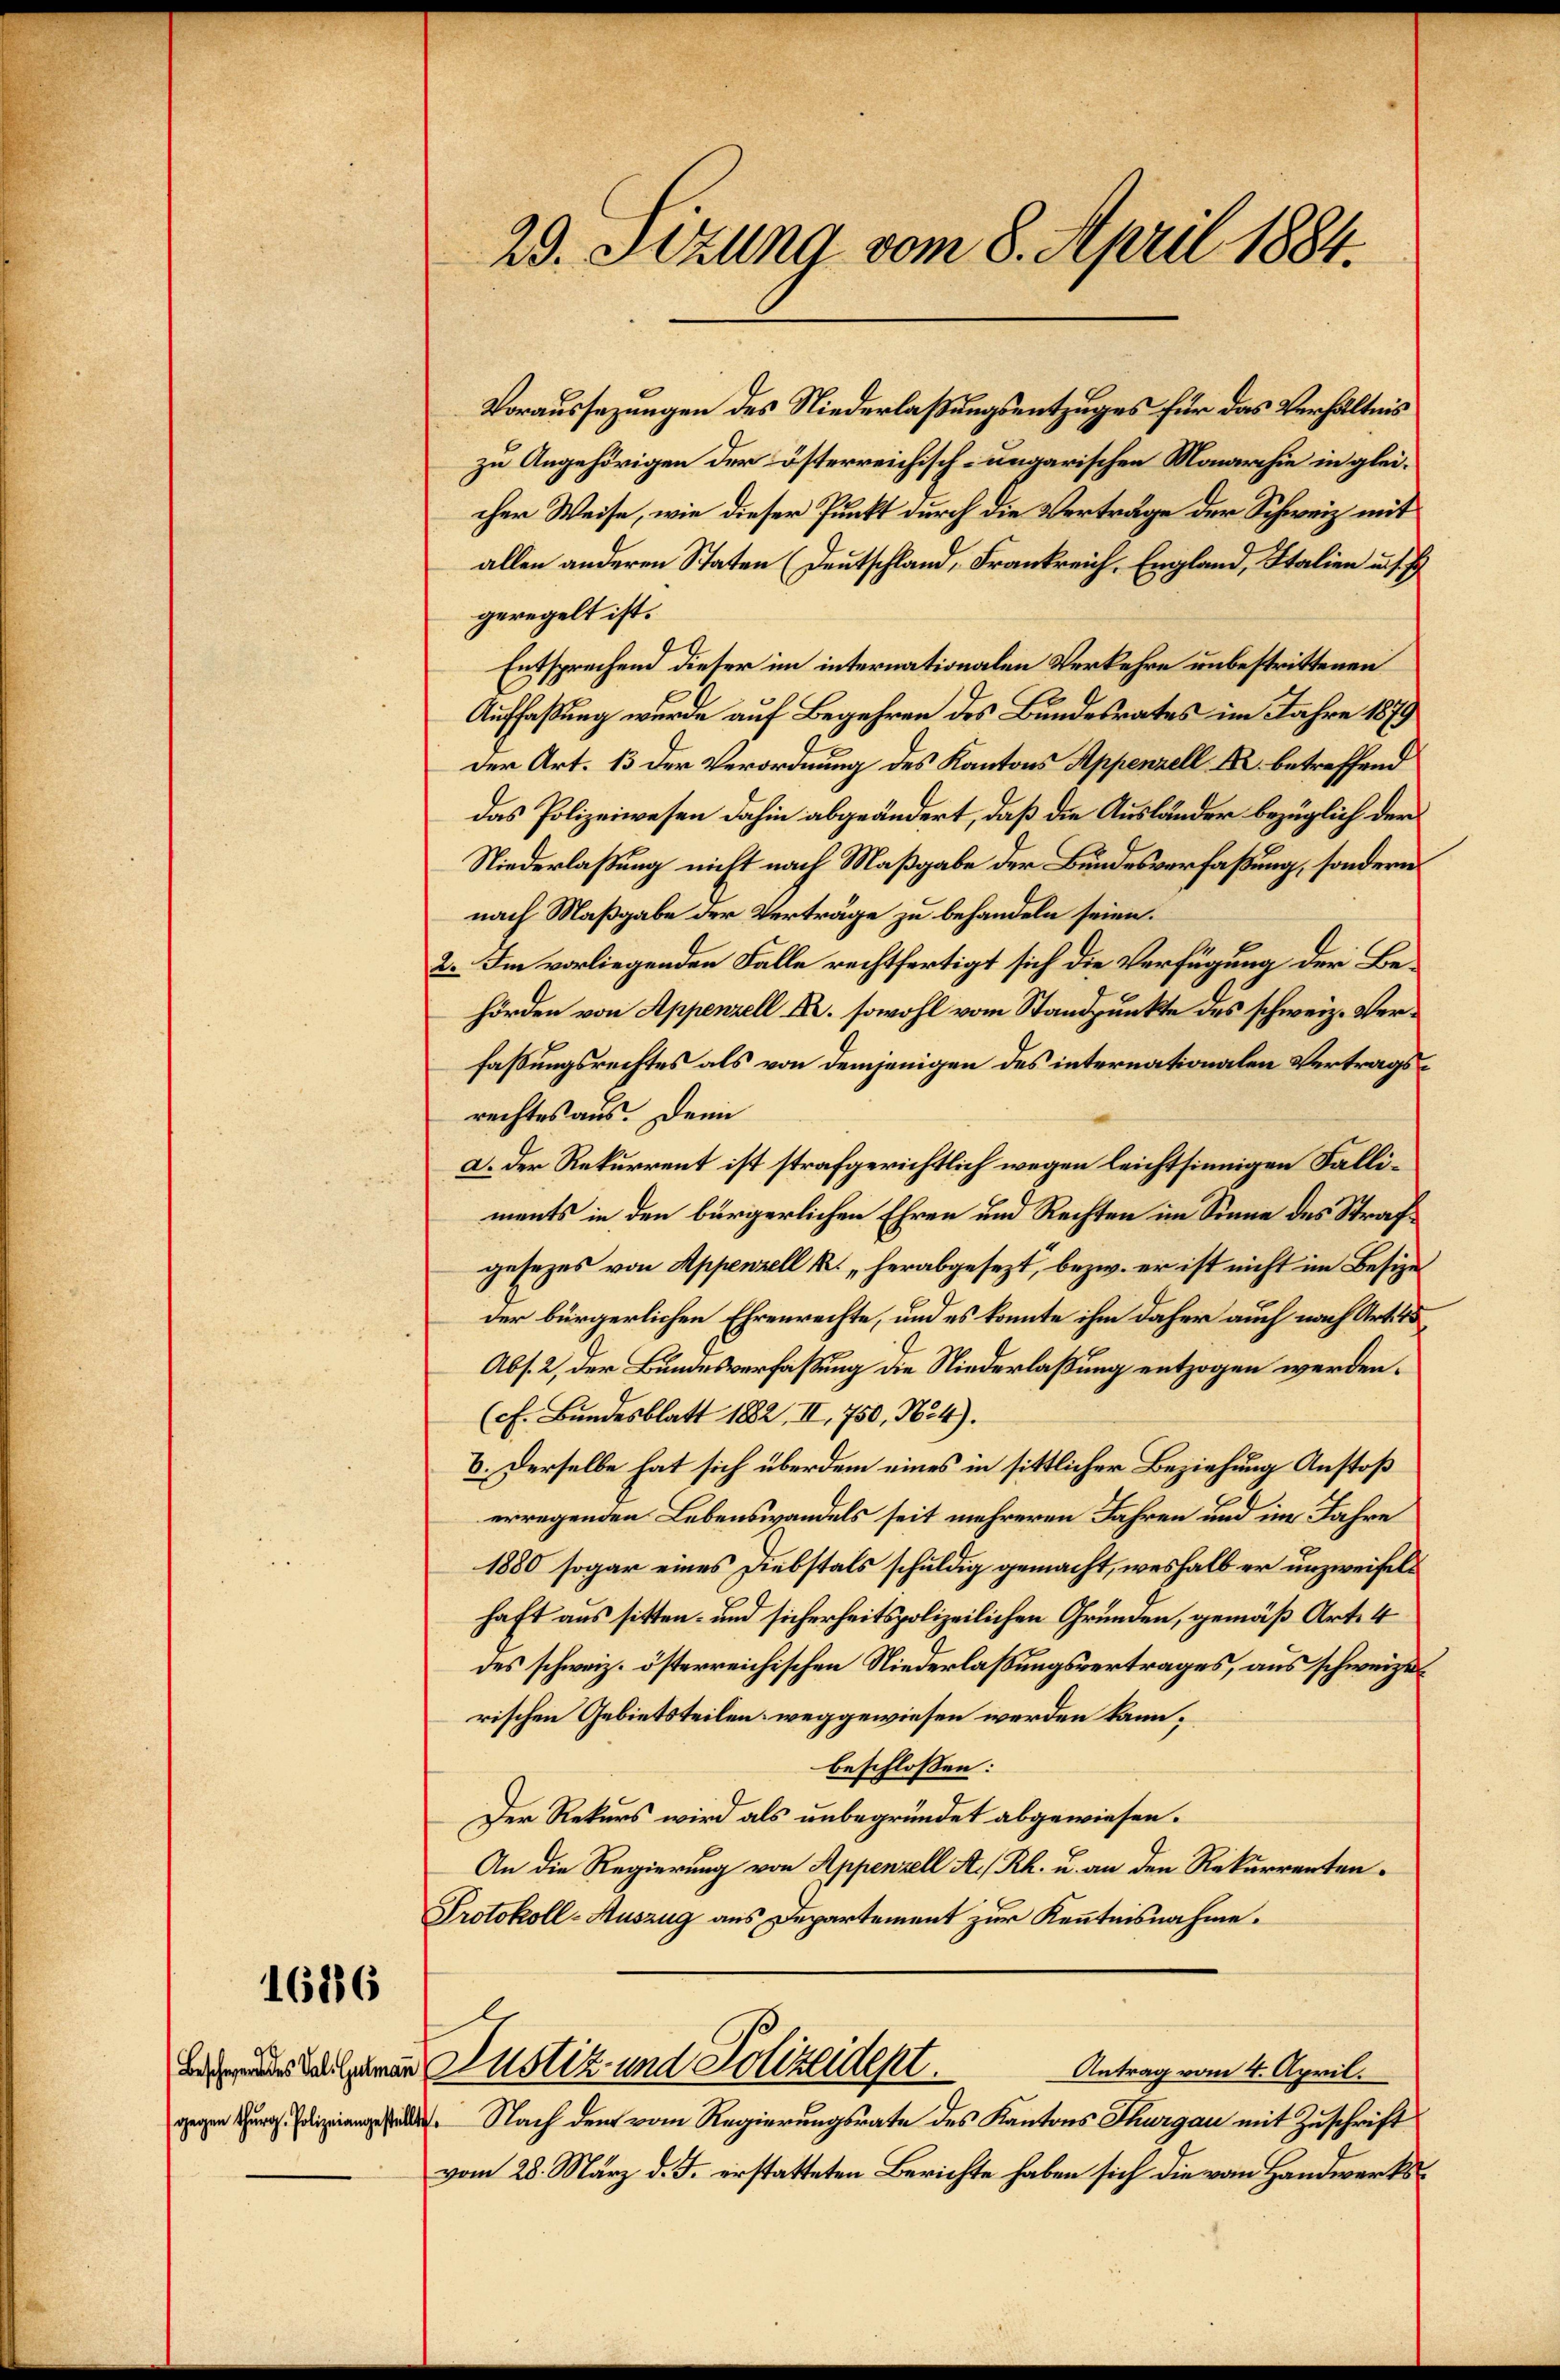
1686

Beschein des Sal. Gutmann

29. Setzung vom 8. April 1884.

Voraussezungen des Niederlaßungsentzuges für das Verhältnis
zu Angehörigen der österreichisch-ungarischen Monarchie in gleicher Weise, wie dieser Punkt durch die Verträge der Schweiz mit
allen anderen Staten (Deutschland, Frankreich, England, Italien u. s. f
geregelt ist.
Entsprechend dieser im internationalen Verkehre unbestrittenen
Auffaßung wurde auf Begehren des Bundesrates im Jahre 1879
der Art. 13 der Verordnung des Kantons Appenzell A. betreffend
das Polizeiwesen dahin abgeändert, daß die Ausländer bezüglich der
Niederlaßung nicht nach Maßgabe der Bundesverfaßung, sondern
nach Maßgabe der Verträge zu behandeln seien.
2. Im vorliegenden Falle rechtfertigt sich die Verfügung der Behörden von Appenzell A. sowohl vom Standpunkte des schweiz. Verfaßungsrechtes als von demjenigen des internationalen Vertragsrechtes aus. Dein
a. Der Rekurrent ist strafgerichtlich wegen leichtsinnigen Falliments in den bürgerlichen Ehren und Rechten im Sinne des Strafgesezes von Appenzell k. herabgesezt, bezw. er ist nicht im Besize
der bürgerlichen Ehrenrechte, und es konnte ihm daher auch nach Art. 45
Abs. 2, der Bundesverfassung die Niederlaßung entzogen werden.
(cf. Bundesblatt 1882, II. 750, No 4).
6. Derselbe hat sich überdem eines in sittlicher Beziehung Anstoß
erregenden Lebenswandels seit mehreren Jahren und im Jahre
1880 sogar eines Diebstals schuldig gemacht, weshalb er unzweifels
haft aus sitten- und sicherheitspolizeilichen Gründen, gemäß Art. 4
des schweiz. österreichischen Niederlassungsvertrages, aus schweize
rischen Gebietsteilen weggewiesen werden kann.
beschlossen:
Der Rekurs wird als unbegründet abgewiesen.
An die Regierung von Appenzell A/Rh. u. an den Rekurrenten.
Protokoll-Auszug aus Departement zur Kenntnisnahme.
Justiz und Polizeidept.
Antrag vom 4. April.
. Nach den vom Regierungsrate des Kantons Thurgau mit Zuschrift
vom 28. März d. J. erstatteten Berichte haben sich die vom Handwerks¬